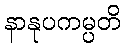
နာနုပကမ္ပတိ